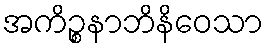
အကိဉ္စနာဘိနိဝေသာ